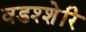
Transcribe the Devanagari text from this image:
वडश्शेरि